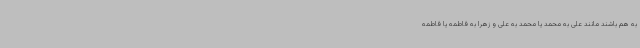
به هم باشند مانند علی به محمد یا محمد به علی و زهرا به فاطمه یا فاطمه